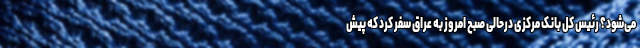
می‌شود؟ رئیس کل بانک مرکزی درحالی صبح امروز به عراق سفر کرد که پیش